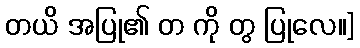
တယိ အပြု၏ တ ကို တွ ပြုလေ။]